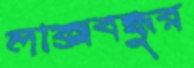
লাক্সবন্ধুর